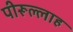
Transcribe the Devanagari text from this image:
पीरूल्लाह